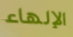
الإلهاء